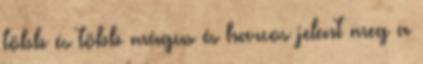
több és több mágus és harcos jelent meg a